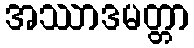
အဿာဒမတ္တာ